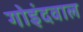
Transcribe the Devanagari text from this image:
गोइंदवाल